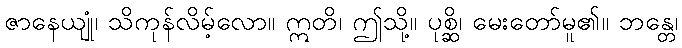
ဇာနေယျုံ၊ သိကုန်လိမ့်လော။ ဣတိ၊ ဤသို့။ ပုစ္ဆိ၊ မေးတော်မူ၏။ ဘန္တေ၊